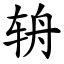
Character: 辀